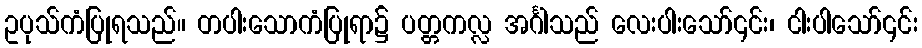
ဥပုသ်ကံပြုရသည်။ တပါးသောကံပြုရာ၌ ပတ္တကလ္လ အင်္ဂါသည် လေးပါးသော်၎င်း၊ ငါးပါသော်၎င်း